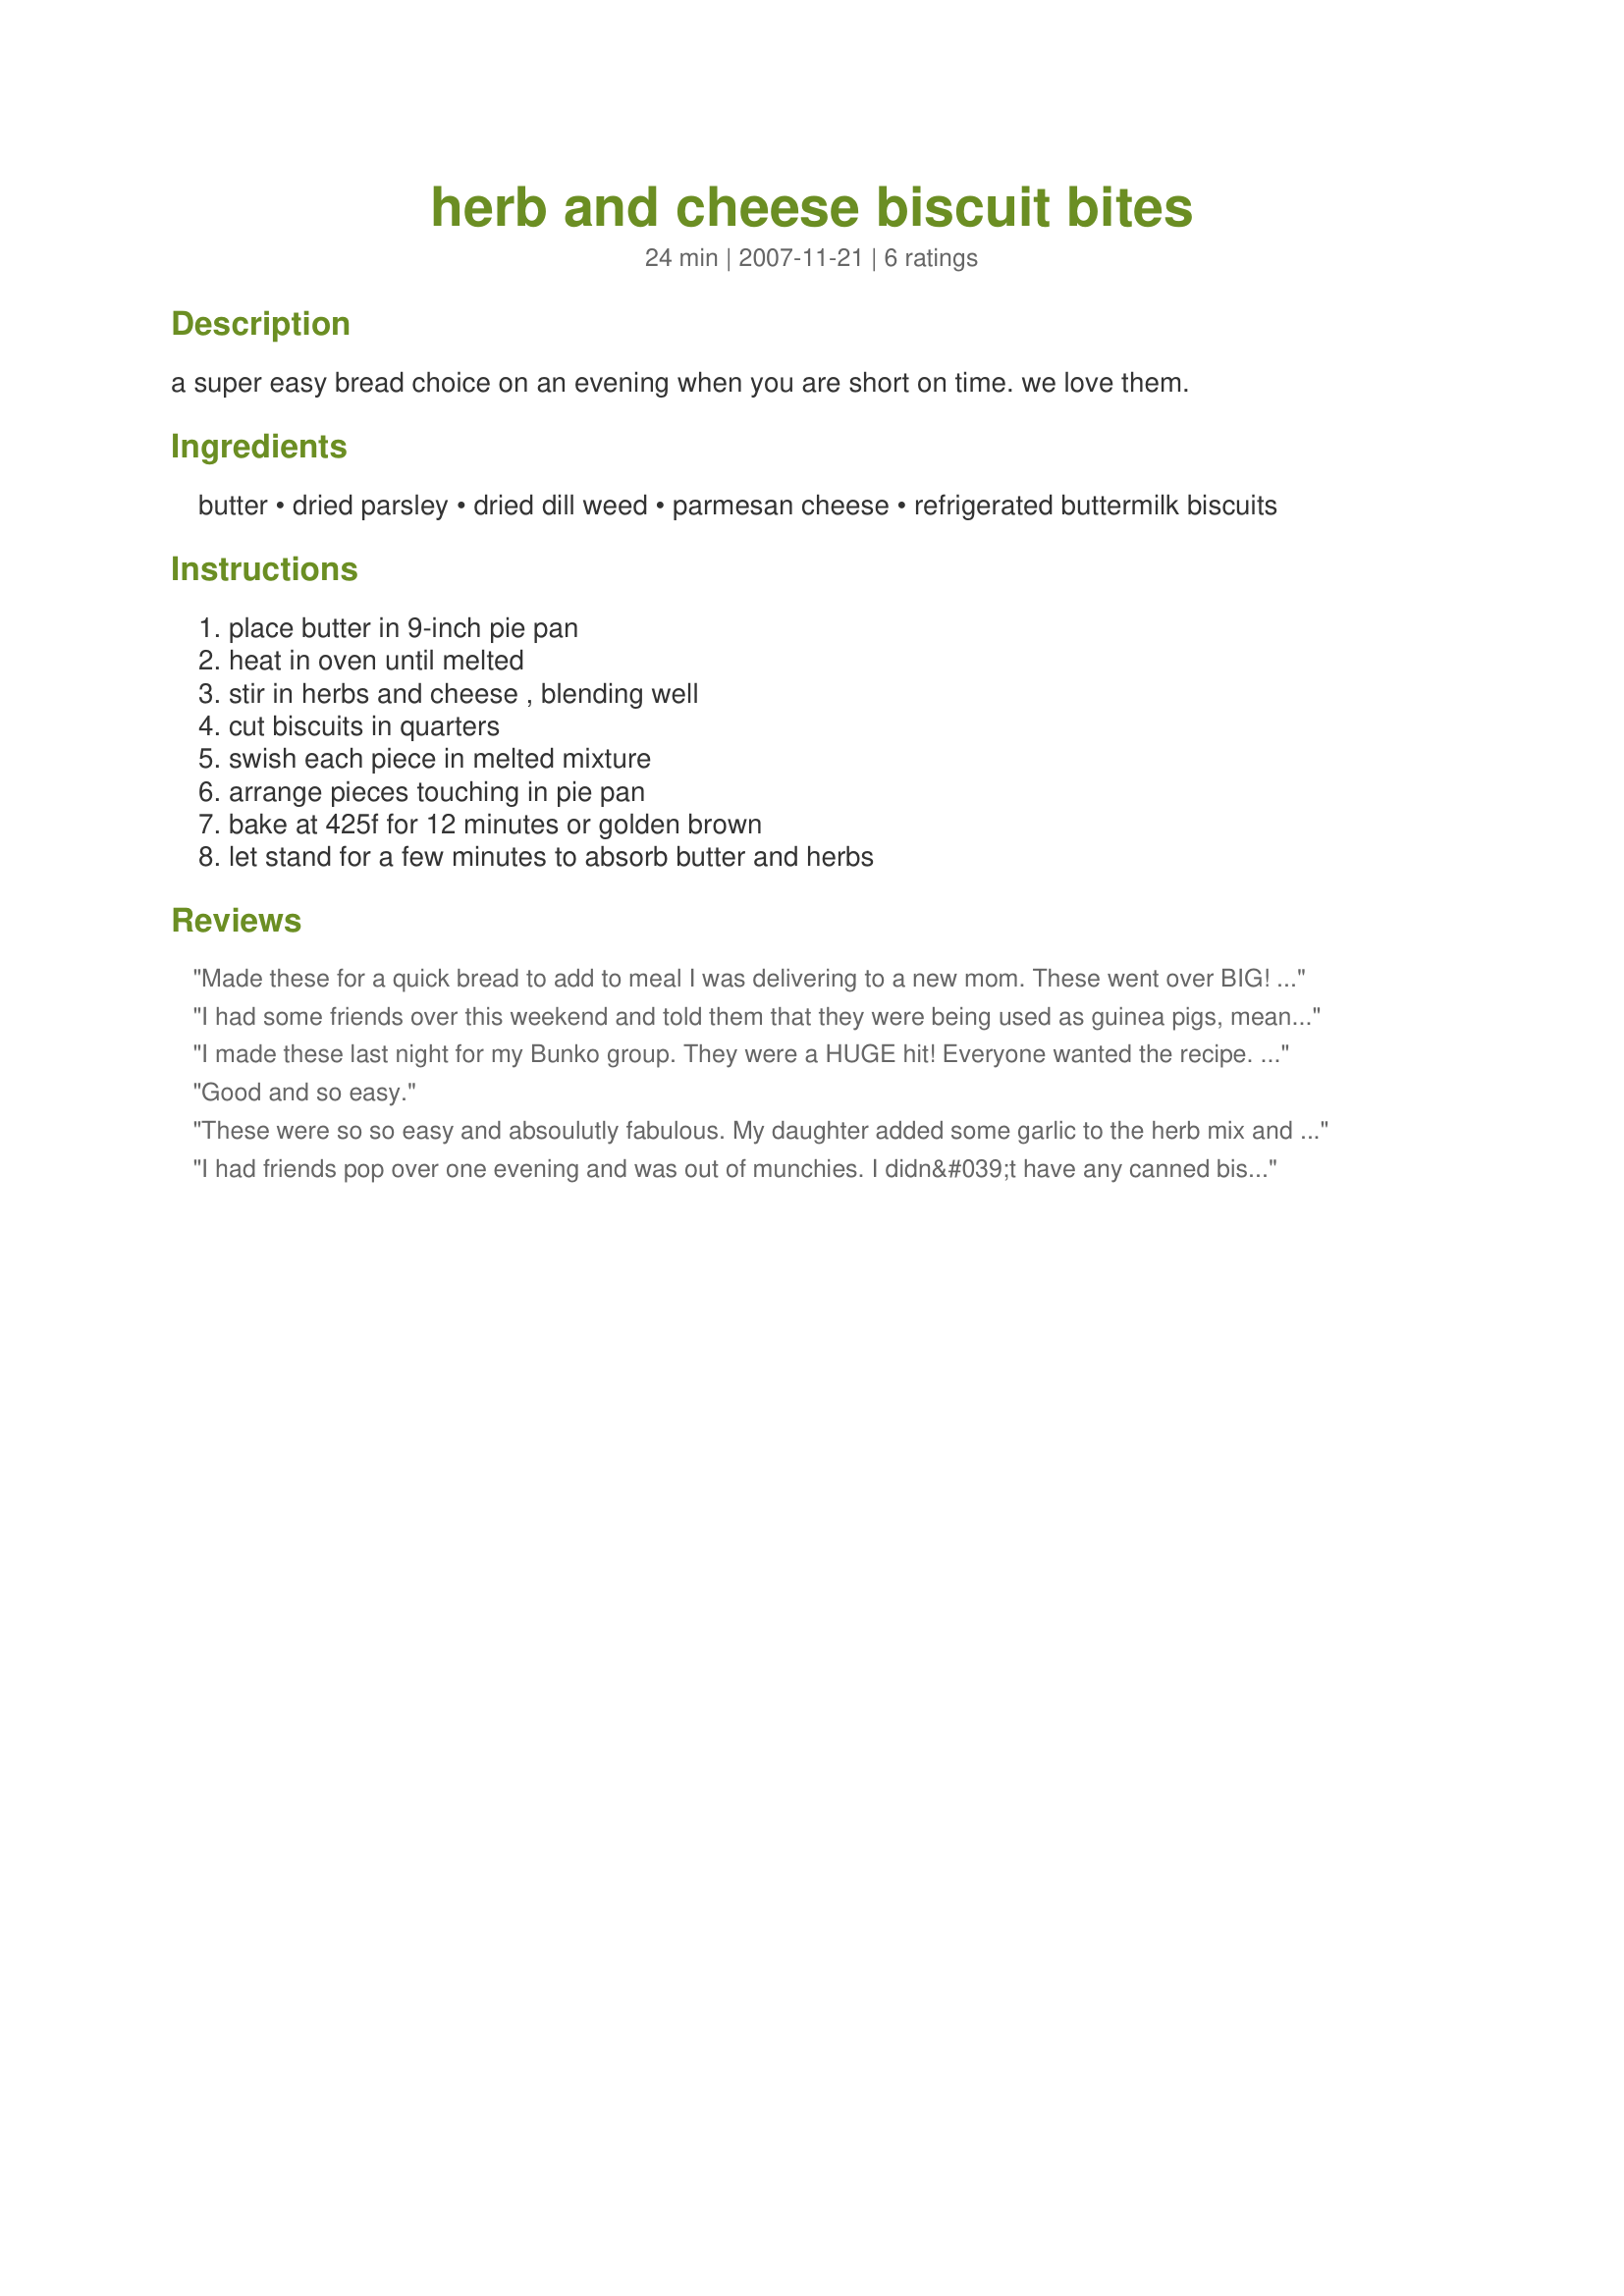
herb and cheese biscuit bites
Preparation time: 24 minutes

a super easy bread choice on an evening when you are short on time. we love them.

Ingredients:
butter, dried parsley, dried dill weed, parmesan cheese, refrigerated buttermilk biscuits

Steps:
place butter in 9-inch pie pan, heat in oven until melted, stir in herbs and cheese , blending well, cut biscuits in quarters, swish each piece in melted mixture, arrange pieces touching in pie pan, bake at 425f for 12 minutes or golden brown, let stand for a few minutes to absorb butter and herbs

Reviews:
Made these for a quick bread to add to meal I was delivering to a new mom. These went over BIG! My family them, too. Very easy and quick and tasty!
I had some friends over this weekend and told them that they were being used as guinea pigs, meaning I was trying all new Zaar recipes on them. These biscuit bites were delicious and my friends loved them. Even my BF, who tries to stay away from bread had seconds. I served them with grilled chicken tenders, Recipe #255134 and Recipe #30710. These were easy to prepare and smelled so yummy cooking. Needless to say, my friends went home with 3 new recipes! Thanks Marg!
I made these last night for my Bunko group. They were a HUGE hit! Everyone wanted the recipe. I used finely chopped fresh parsley instead of dried since that's what I had.
DELICIOUS! Thank you!
Good and so easy.
These were so so easy and absoulutly fabulous. My daughter added some garlic to the herb mix and it was amazing!
I had friends pop over one evening and was out of munchies. I didn&#039;t have any canned biscuits, but I did have some puff pastry. I cut it into bite sized pieces, dipped the pieces in the butter spice mix, put on a silpat sheet and baked them. The smell drew everyone to the kitchen and they gobbled everything down before I could take a picture!
This recipe is a keeper since it is so adaptable.
